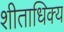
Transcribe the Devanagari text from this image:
शीताधिक्य